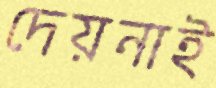
দেয়নাই